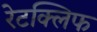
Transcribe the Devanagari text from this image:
रेटक्लिफ